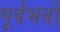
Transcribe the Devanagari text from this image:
पूर्वभवों